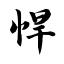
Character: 悍